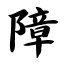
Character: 障